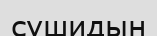
сушидын